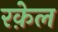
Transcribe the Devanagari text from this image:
रक़ेल